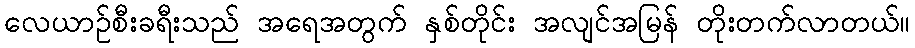
လေယာဉ်စီးခရီးသည် အရေအတွက် နှစ်တိုင်း အလျင်အမြန် တိုးတက်လာတယ်။